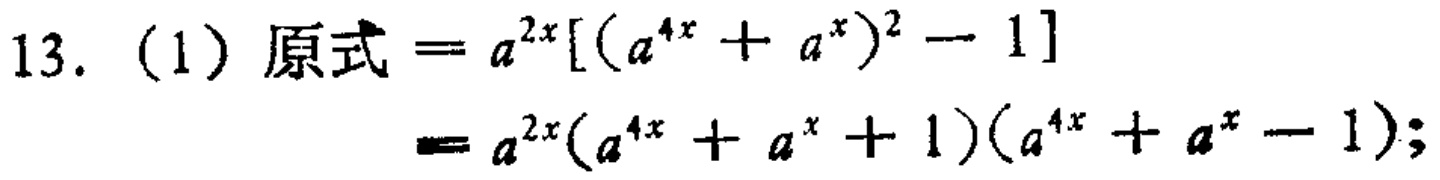
13. (1) 原式\(=a^{2x}[(a^{4x}+a^{x})^{2}-1]\)

\(=a^{2x}(a^{4x}+a^{x}+1)(a^{4x}+a^{x}-1);\)